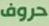
حروف